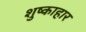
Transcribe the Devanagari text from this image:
शुष्काहार